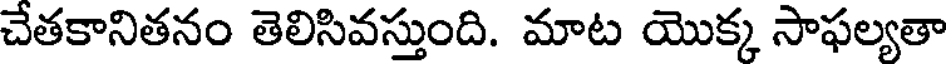
చేతకానితనం తెలిసివస్తుంది. మాట యొక్క సాఫల్యతా